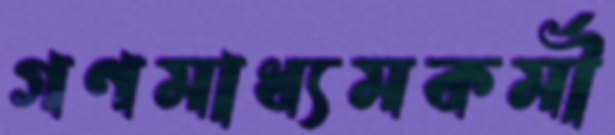
গণমাধ্যমকর্মী